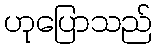
ဟုပြောသည်